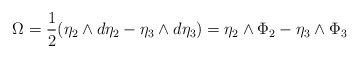
\begin{align*} \Omega=\frac{1}{2}(\eta_{2}\wedge d\eta_{2}-\eta_{3}\wedge d\eta_{3})= \eta_{2}\wedge \Phi_{2}-\eta_{3}\wedge \Phi_{3} \end{align*}